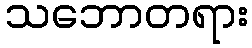
သဘောတရား